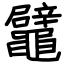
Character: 鼊